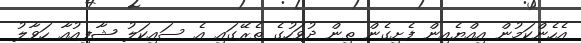
އެހެންކަމުން އިއްޔެއިން ފެށިގެން ތިން ދުވަހުގެ ތެރޭގައި އެ ސައިކަލު ޝާފިއުއާ ހަވާލު